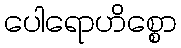
ပေါရောဟိစ္စော